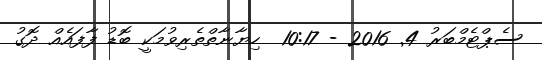
ސެޕްޓެމްބަރު 4